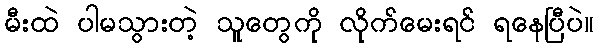
မီးထဲ ပါမသွားတဲ့ သူတွေကို လိုက်မေးရင် ရနေပြီပဲ။